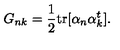
G _ { n k } = { \frac { 1 } { 2 } } \mathrm { t r } [ \alpha _ { n } \alpha _ { k } ^ { t } ] .